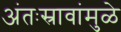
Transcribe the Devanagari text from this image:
अंतःस्रावांमुळे